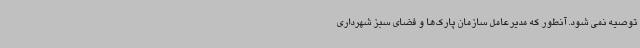
توصیه نمی شود. آنطور که مدیرعامل سازمان پارک‌ها و فضای سبز شهرداری